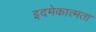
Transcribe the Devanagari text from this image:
इदमेकात्मता